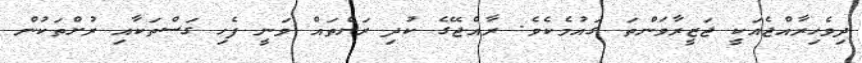
ދިވެހިރާއްޖެއަކީ ޖަޒީރާވަންތަ ގައުމެކެވެ. ރާއްޖޭގެ ކުދި ރަށްތައް ވަނީ ފެހި ގަސްތަކާއި ރުށްތަކުން